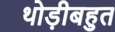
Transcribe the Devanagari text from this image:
थोड़ीबहुत